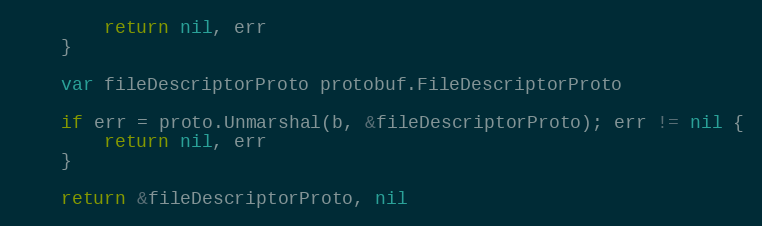
Language: Go
		return nil, err
	}

	var fileDescriptorProto protobuf.FileDescriptorProto

	if err = proto.Unmarshal(b, &fileDescriptorProto); err != nil {
		return nil, err
	}

	return &fileDescriptorProto, nil